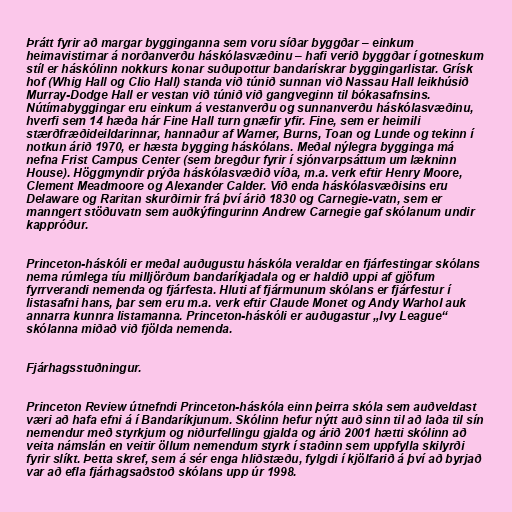
Þrátt fyrir að margar bygginganna sem voru síðar byggðar – einkum
heimavistirnar á norðanverðu háskólasvæðinu – hafi verið byggðar í gotneskum
stíl er háskólinn nokkurs konar suðupottur bandarískrar byggingarlistar. Grísk
hof (Whig Hall og Clio Hall) standa við túnið sunnan við Nassau Hall leikhúsið
Murray-Dodge Hall er vestan við túnið við gangveginn til bókasafnsins.
Nútímabyggingar eru einkum á vestanverðu og sunnanverðu háskólasvæðinu,
hverfi sem 14 hæða hár Fine Hall turn gnæfir yfir. Fine, sem er heimili
stærðfræðideildarinnar, hannaður af Warner, Burns, Toan og Lunde og tekinn í
notkun árið 1970, er hæsta bygging háskólans. Meðal nýlegra bygginga má
nefna Frist Campus Center (sem bregður fyrir í sjónvarpsáttum um lækninn
House). Höggmyndir prýða háskólasvæðið víða, m.a. verk eftir Henry Moore,
Clement Meadmoore og Alexander Calder. Við enda háskólasvæðisins eru
Delaware og Raritan skurðirnir frá því árið 1830 og Carnegie-vatn, sem er
manngert stöðuvatn sem auðkýfingurinn Andrew Carnegie gaf skólanum undir
kappróður.

Princeton-háskóli er meðal auðugustu háskóla veraldar en fjárfestingar skólans
nema rúmlega tíu milljörðum bandaríkjadala og er haldið uppi af gjöfum
fyrrverandi nemenda og fjárfesta. Hluti af fjármunum skólans er fjárfestur í
listasafni hans, þar sem eru m.a. verk eftir Claude Monet og Andy Warhol auk
annarra kunnra listamanna. Princeton-háskóli er auðugastur „Ivy League“
skólanna miðað við fjölda nemenda.

Fjárhagsstuðningur.

Princeton Review útnefndi Princeton-háskóla einn þeirra skóla sem auðveldast
væri að hafa efni á í Bandaríkjunum. Skólinn hefur nýtt auð sinn til að laða til sín
nemendur með styrkjum og niðurfellingu gjalda og árið 2001 hætti skólinn að
veita námslán en veitir öllum nemendum styrk í staðinn sem uppfylla skilyrði
fyrir slíkt. Þetta skref, sem á sér enga hliðstæðu, fylgdi í kjölfarið á því að byrjað
var að efla fjárhagsaðstoð skólans upp úr 1998.